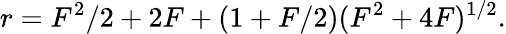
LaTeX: r=F^{2}/2+2F+(1+F/2)(F^{2}+4F)^{1/2}.